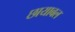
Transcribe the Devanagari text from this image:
छायाबल